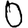
Digit: 0